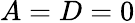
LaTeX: A=D=0